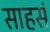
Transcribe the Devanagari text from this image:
साहसं